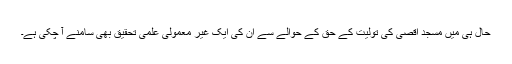
حال ہی میں مسجد اقصیٰ کی تولیت کے حق کے حوالے سے ان کی ایک غیر معمولی علمی تحقیق بھی سامنے آ چکی ہے۔